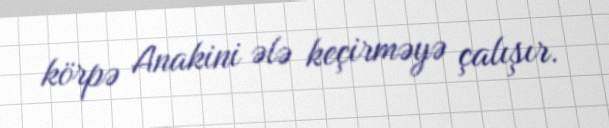
körpə Anakini ələ keçirməyə çalışır.